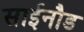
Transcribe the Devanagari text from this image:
साईनौड